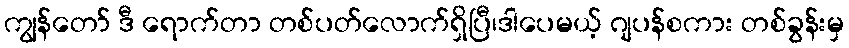
ကျွန်တော် ဒီ ရောက်တာ တစ်ပတ်လောက်ရှိပြီ၊ဒါပေမယ့် ဂျပန်စကား တစ်ခွန်းမှ